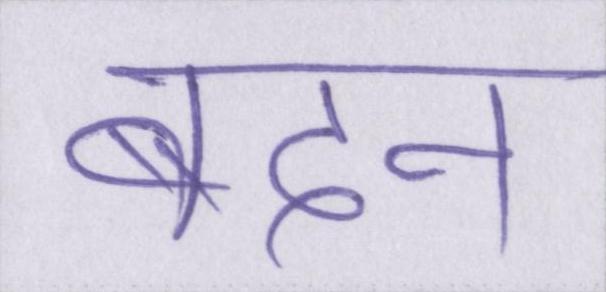
बदन